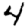
Digit: 4